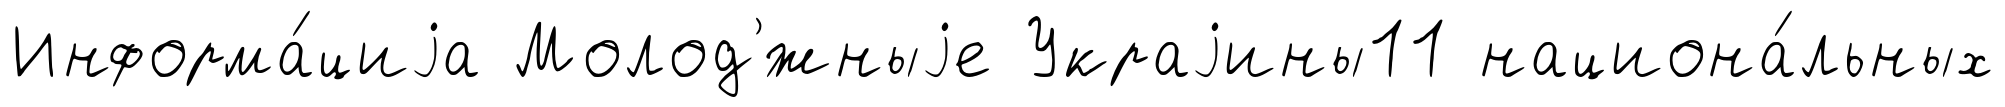
Информа́циjа Молод'́жныjе Украjины11 национа́льных